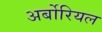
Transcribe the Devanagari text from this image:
अर्बोरियल